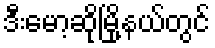
ဒီးမော့ဆိုမြို့နယ်တွင်